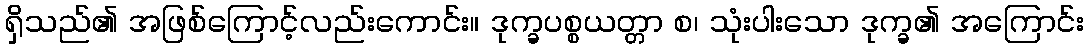
ရှိသည်၏ အဖြစ်ကြောင့်လည်းကောင်း။ ဒုက္ခပစ္စယတ္တာ စ၊ သုံးပါးသော ဒုက္ခ၏ အကြောင်း